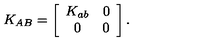
K _ { A B } = \left[ \begin{array} { c c } { K _ { a b } } & { 0 } \\ { 0 } & { 0 } \\ \end{array} \right] .